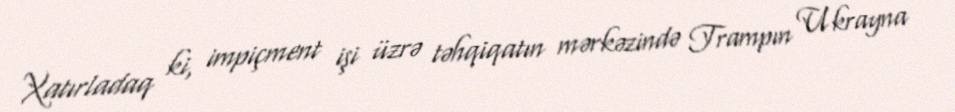
Xatırladaq ki, impiçment işi üzrə təhqiqatın mərkəzində Trampın Ukrayna